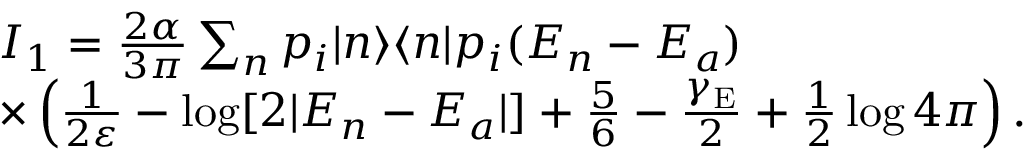
\begin{array} { r l } & { I _ { 1 } = \frac { 2 \alpha } { 3 \pi } \sum _ { n } p _ { i } | n \rangle \langle n | p _ { i } ( E _ { n } - E _ { a } ) } \\ & { \times \left( \frac { 1 } { 2 \varepsilon } - \log [ 2 | E _ { n } - E _ { a } | ] + \frac { 5 } { 6 } - \frac { \gamma _ { \mathrm { E } } } { 2 } + \frac { 1 } { 2 } \log 4 \pi \right) . } \end{array}